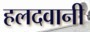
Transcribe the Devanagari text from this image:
हलदवानी